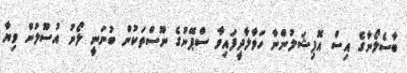
ބާސެލޯނާގެ އިސް އޮފިޝަލުންނާ ހަވާލާދީފައިވާ ސްޕޭނުގެ ނޫސްތަކުން ބުނަނީ ލޯނު އުސޫލުން ވިޔާ